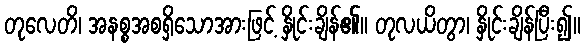
တုလေတိ၊ အနစ္စအစရှိသောအားဖြင့် နှိုင်းချိန်၏။ တုလယိတွာ၊ နှိုင်းချိန်ပြီး၍။